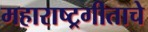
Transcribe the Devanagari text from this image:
महाराष्ट्रगीताचे